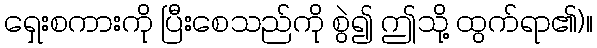
ရှေးစကားကို ပြီးစေသည်ကို စွဲ၍ ဤသို့ ထွက်ရာ၏)။